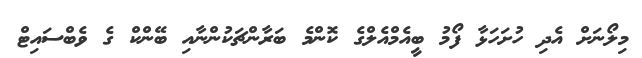
މިލޯނަށް އެދި ހުށަހަޅާ ފޯމު ބީއެމްއެލްގެ ކޮންމެ ބަރާންޗަކުންނާއި ބޭންކް ގެ ވެބްސައިޓް